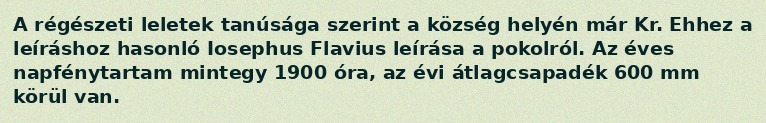
A régészeti leletek tanúsága szerint a község helyén már Kr. Ehhez a leíráshoz hasonló Iosephus Flavius leírása a pokolról. Az éves napfénytartam mintegy 1900 óra, az évi átlagcsapadék 600 mm körül van.